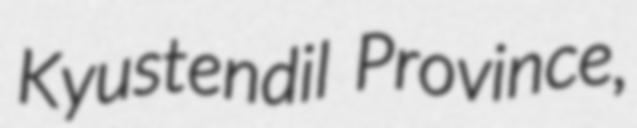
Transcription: Kyustendil Province,